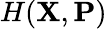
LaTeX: H(\mathbf{X},\mathbf{P})